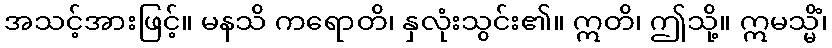
အသင့်အားဖြင့်။ မနသိ ကရောတိ၊ နှလုံးသွင်း၏။ ဣတိ၊ ဤသို့။ ဣမသ္မိံ၊